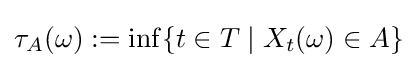
\tau _{A}(\omega ):=\inf\{t\in T\mid X_{t}(\omega )\in A\}